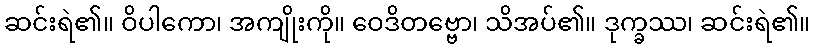
ဆင်းရဲ၏။ ဝိပါကော၊ အကျိုးကို။ ဝေဒိတဗ္ဗော၊ သိအပ်၏။ ဒုက္ခဿ၊ ဆင်းရဲ၏။